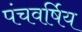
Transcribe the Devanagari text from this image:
पंचवर्षिय